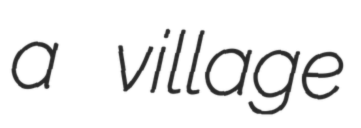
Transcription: a village